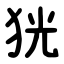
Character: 㹰